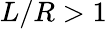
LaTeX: L/R>1